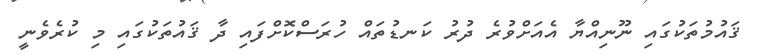
ޤައުމުތަކުގައި ނޫނިއްޔާ އެއަށްވުރެ ދުރު ކަނޑުތައް ހުރަސްކޮށްފައި ދާ ޤައުތަކުގައި މި ކުރެވެނީ